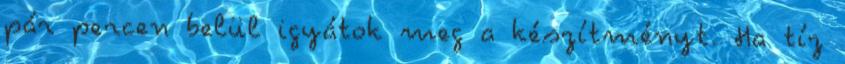
pár percen belül igyátok meg a készítményt. Ha tíz